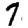
Digit: 7